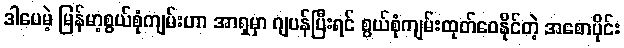
ဒါပေမဲ့ မြန်မာ့စွယ်စုံကျမ်းဟာ အာရှမှာ ဂျပန်ပြီးရင် စွယ်စုံကျမ်းထုတ်ဝေနိုင်တဲ့ အစောပိုင်း